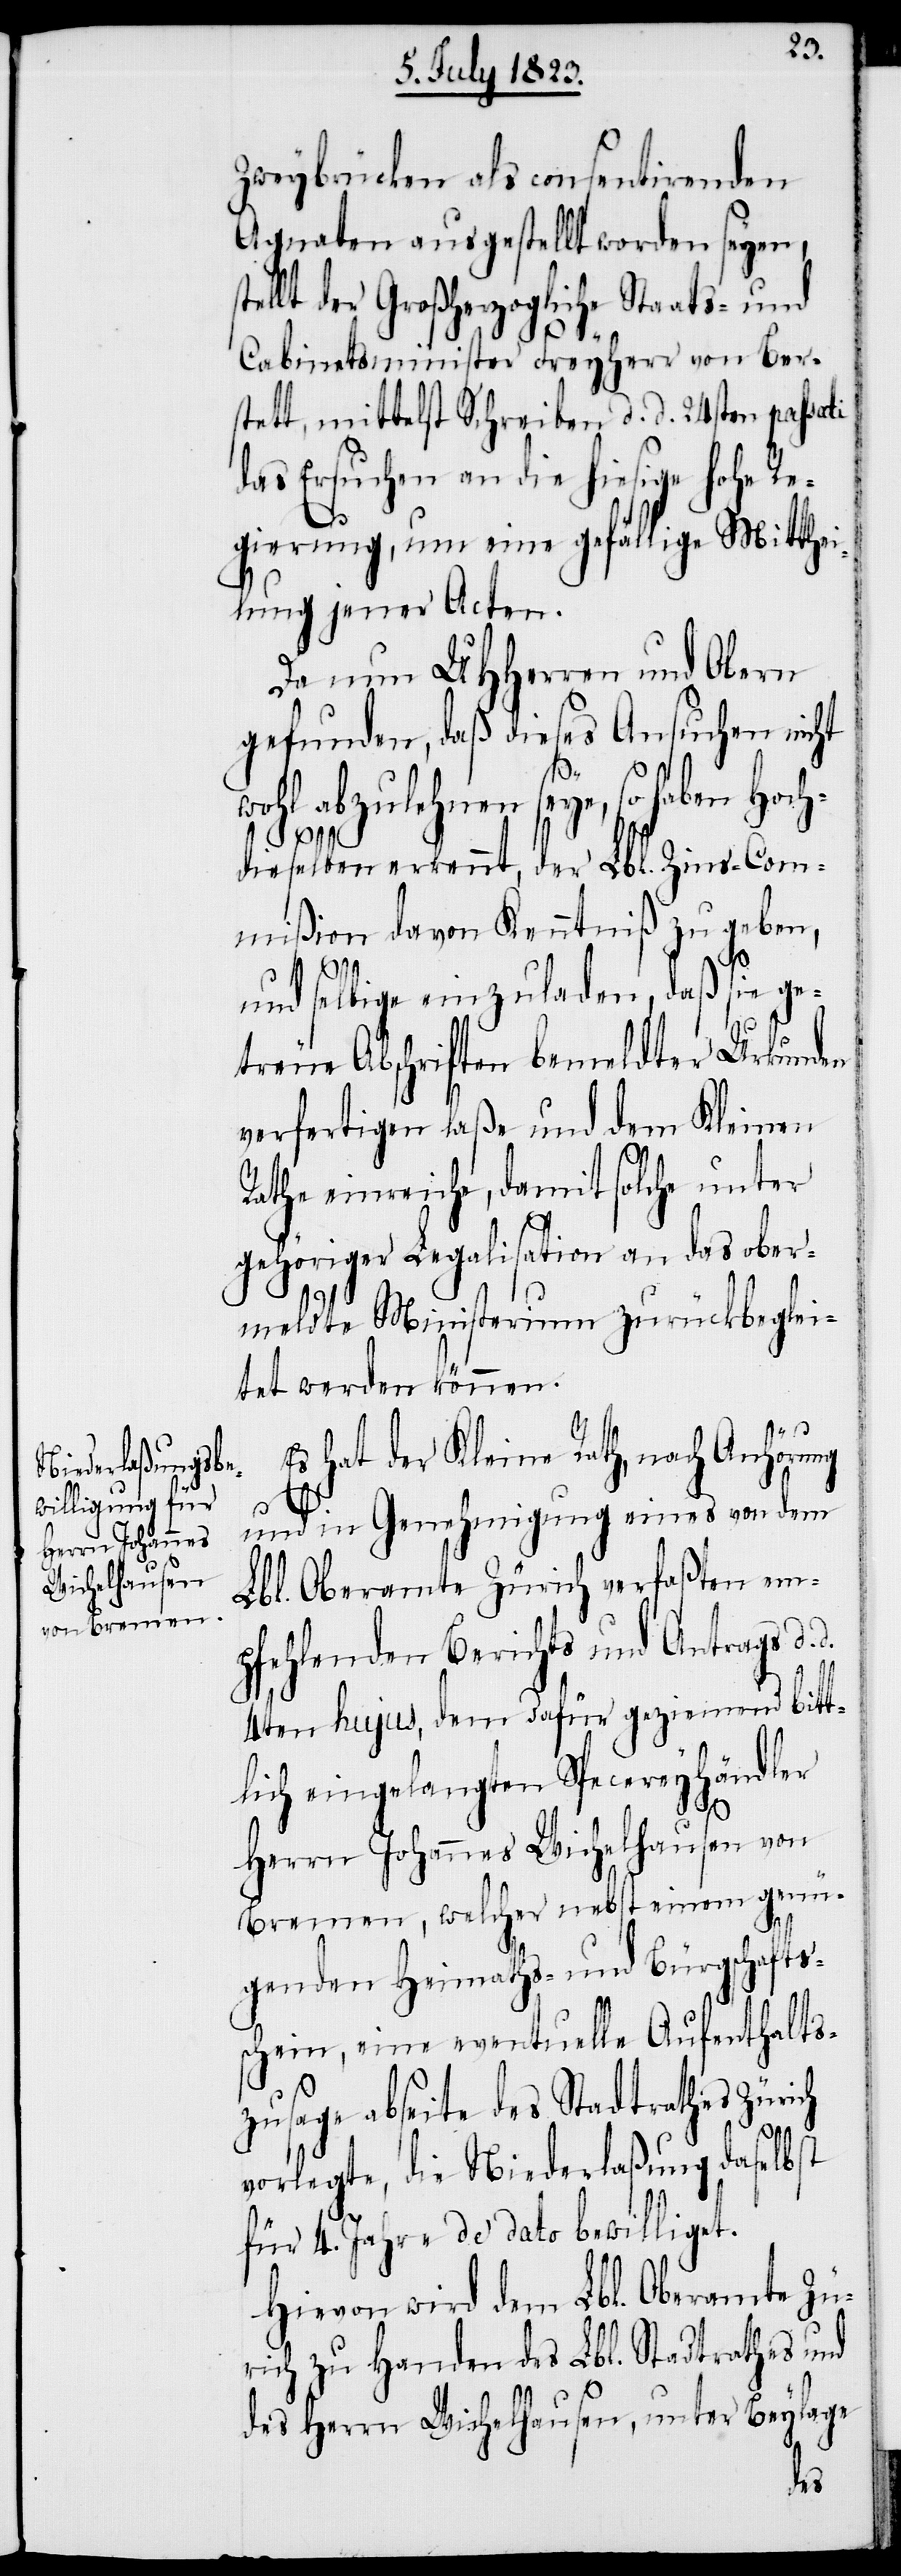
Zweybrücken als consentirenden
Agnaten ausgestellt worden seyen,
tellt der Großherzogliche Staats- und
ti
Cabinetsminister Freyherr von Ber¬
stett, mittelst Schreiben d. d. 24sten passa¬
das Ersuchen an die hiesige hohe Re¬
gierung, um eine gefällige Mitthei¬
lung jener Acten.
Da nun UHHerren und Obern
gefunden, daß dieses Ansuchen nicht
wohl abzulehnen seye, so haben Hoch¬
dieselben erkennt, der Lbl. Zins-Com¬
mißion davon Kenntniß zu geben,
und selbige einzuladen, daß sie ge¬
treue Abschriften bemeldter Urkunden
verfertigen laße und dem Kleinen
Rathe einreiche, damit solche unter
gehöriger Legalisation an das ober¬
meldte Ministerium zurückbeglei¬
tet werden können.
Es hat der Kleine Rath, nach Anhörung
s¬
und in Genehmigung eines von dem
Lbl. Oberamte Zürich verfaßten em¬
pfehlenden Berichts und Antrags d.
4ten hujus, dem dafür geziemend bitt¬
lich eingelangten Specereyhändler
Herrn Johannes Wichelhausen von
Bremen, welcher nebst einem genü¬
genden Heimaths- und Bürgschafts¬
schein, eine eventuelle Aufenthalts¬
zusage abseite des Stadtrathes Zürich
vorlegte, die Niederlaßung daselbst
für 4. Jahre de dato bewilliget.
Hievon wird dem Lbl. Oberamte Zü¬
rich zu Handen des Lbl. Stadtrathes und
des Herrn Wichelhausen, unter Beylage